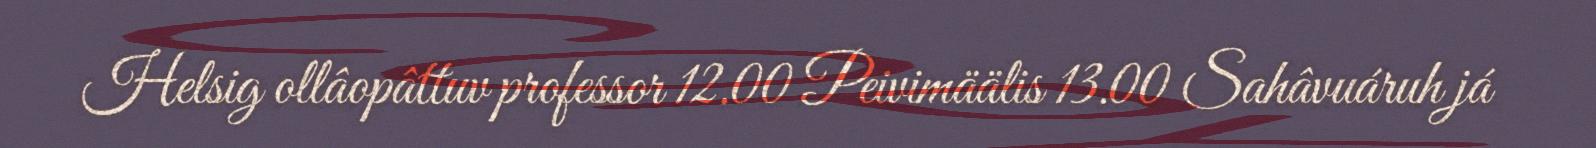
Helsig ollâopâttuv professor 12.00 Peivimäälis 13.00 Sahâvuáruh já